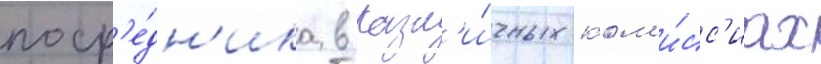
поср'е́дн'ика в разл'и́чных ком'и́сс'иах